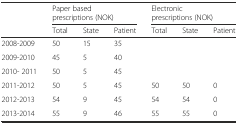
|  | <COLSPAN=3> Paper based prescriptions (NOK) | <COLSPAN=3> Electronic prescriptions (NOK) |
 |  | Total | State | Patient | Total | State | Patient |
 | --- | --- | --- | --- | --- | --- | --- |
 | 2008-2009 | 50 | 15 | 35 |  |  |  |
 | 2009-2010 | 45 | 5 | 40 |  |  |  |
 | 2010- 2011 | 50 | 5 | 45 |  |  |  |
 | 2011-2012 | 50 | 5 | 45 | 50 | 50 | 0 |
 | 2012-2013 | 54 | 9 | 45 | 54 | 54 | 0 |
 | 2013-2014 | 55 | 9 | 46 | 55 | 55 | 0 |